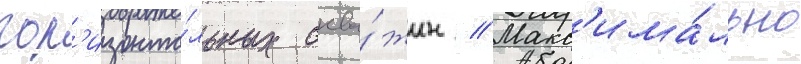
гор'изонта́льных сква́жин // Макс'има́льно